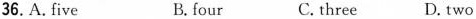
36.A.five B.four C. three D.Two